Vaccination report Assam 1896-1927 - 1896-1927
Year: 1896
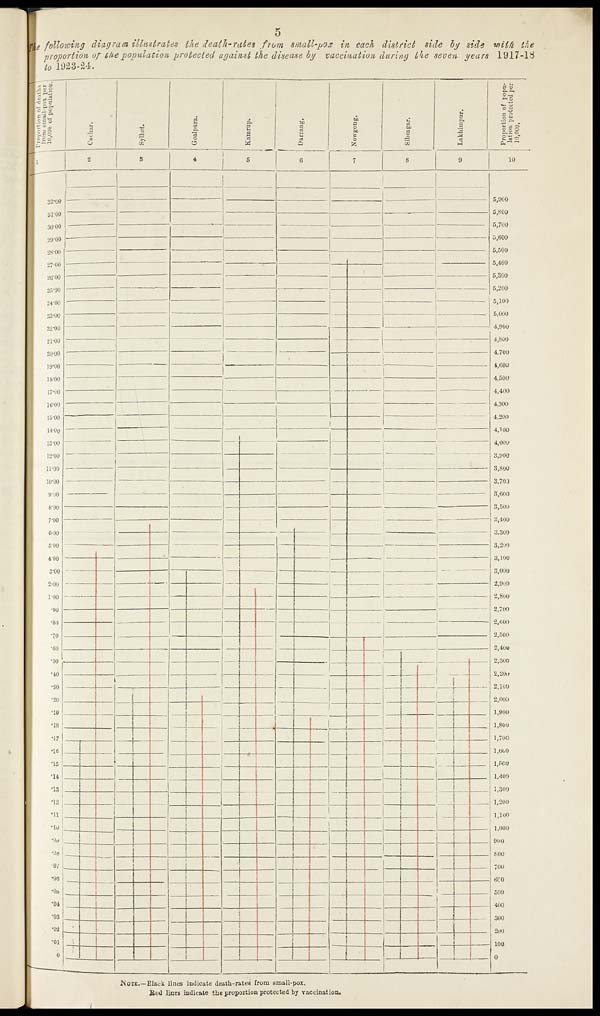
5
the following diagram illustrates the death -rates from small-pox in each district side by side with the
proportion of the population protected against the disease by vaccination during the seven years 1917-18
to 1923-24.
NOTE.—Black lines indicate death-rates from small-pox.
Red lines indicate the proportion protected by vaccination.